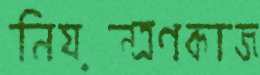
নিয়ন্ত্রণকাজ